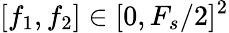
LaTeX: [f_{1},f_{2}]\in[0,F_{s}/2]^{2}